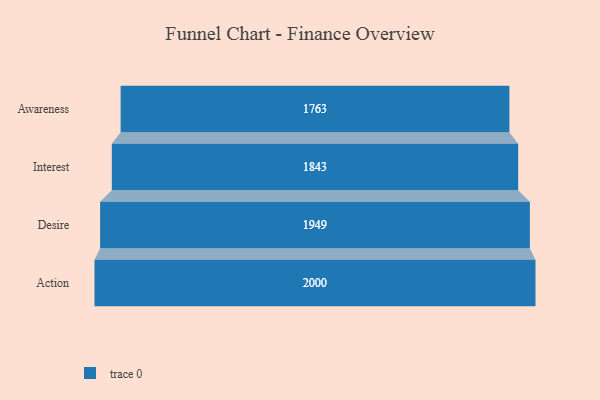
{"axis": {"x": "Stage", "y": "Value"}, "legend": [""], "data": [{"x": "Awareness", "y": 1763.0, "type": ""}, {"x": "Interest", "y": 1843.0, "type": ""}, {"x": "Desire", "y": 1949.0, "type": ""}, {"x": "Action", "y": 2000, "type": ""}]}